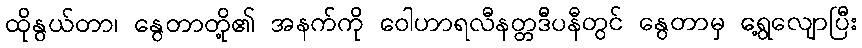
ထိုနွယ်တာ၊ နွေတာတို့၏ အနက်ကို ဝေါဟာရလီနတ္တဒီပနီတွင် နွေတာမှ ရွေ့လျောပြီး